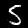
Label: 5